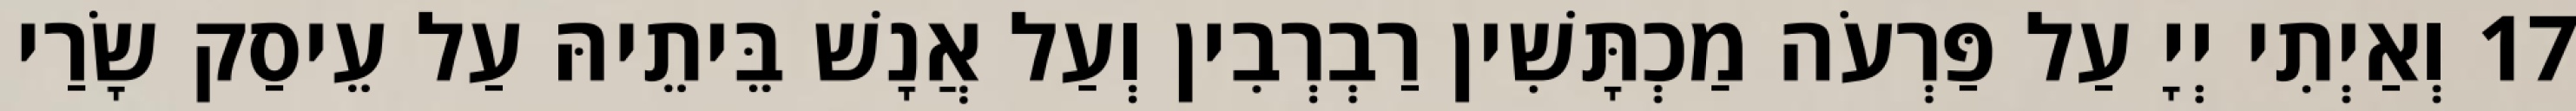
17 וְאַיְתִי יְיָ עַל פַּרְעֹה מַכְתָּשִׁין רַבְרְבִין וְעַל אֲנָשׁ בֵּיתֵיהּ עַל עֵיסַק שָׂרַי